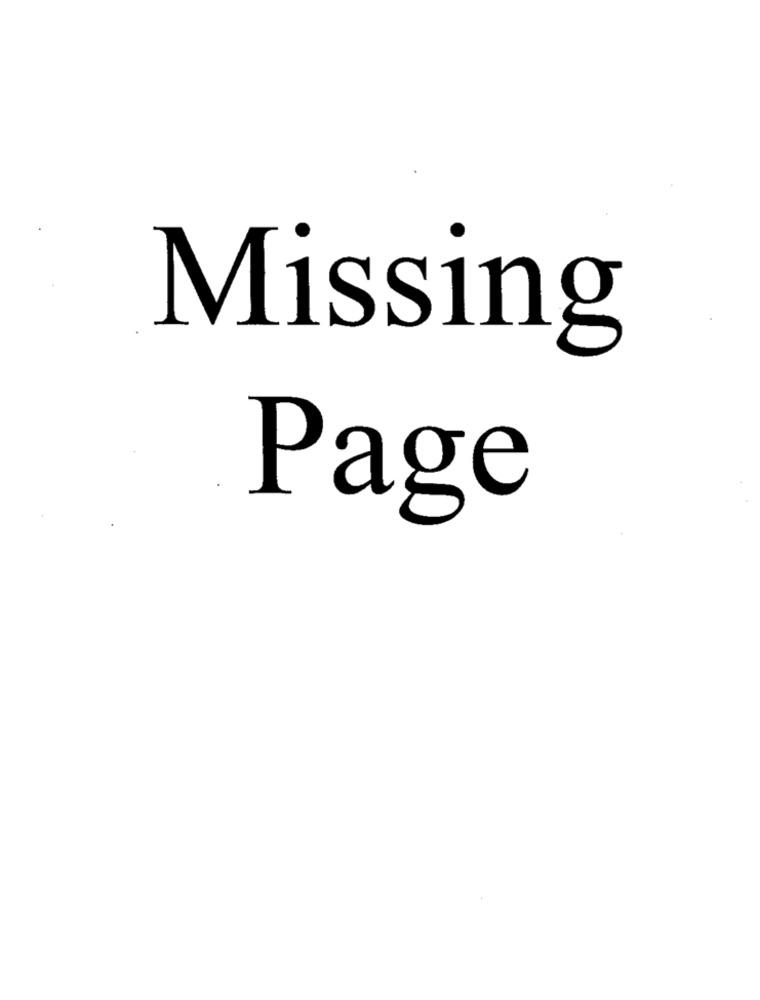
Missing
Page